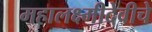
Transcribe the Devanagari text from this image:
महालक्ष्मीदेवीचे